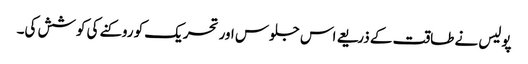
پولیس نے طاقت کے ذریعے اس جلوس اور تحریک کو روکنے کی کوشش کی۔